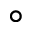
^ { \circ }